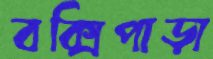
বক্সিপাড়া